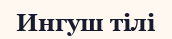
Ингуш тілі